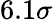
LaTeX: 6.1\sigma